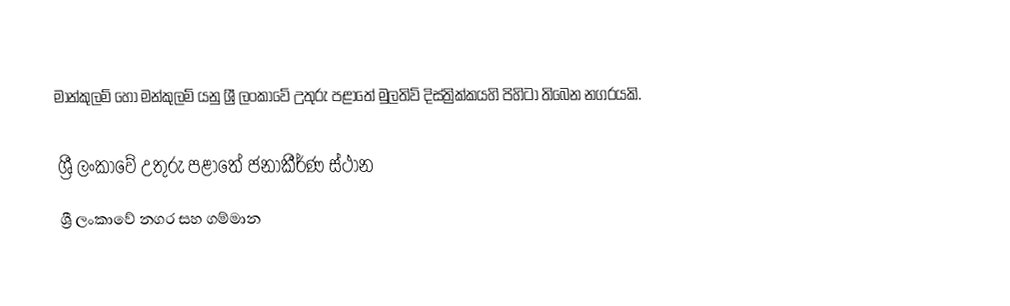
මාන්කුලම් හෝ මන්කුලම් යනු ශ්‍රී ලංකාවේ උතුරු පළාතේ මුලතිව් දිස්ත්‍රික්කයහි පිහිටා තිබෙන නගරයකි.

ශ්‍රී ලංකාවේ උතුරු පළාතේ ජනාකීර්ණ ස්ථාන
ශ්‍රී ලංකාවේ නගර සහ ගම්මාන